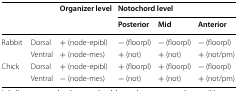
<table><thead><tr><td rowspan="2" colspan="2"></td><td><b>Organizer level</b></td><td colspan="3"><b>Notochord level</b></td></tr><tr><td></td><td><b>Posterior</b></td><td><b>Mid</b></td><td><b>Anterior</b></td></tr></thead><tbody><tr><td rowspan="2">Rabbit</td><td>Dorsal</td><td>+ (node-epibl)</td><td>− (floorpl)</td><td>− (floorpl)</td><td>− (floorpl)</td></tr><tr><td>Ventral</td><td>+ (node-mes)</td><td>+ (not)</td><td>+ (not)</td><td>+ (not/pm)</td></tr><tr><td rowspan="2">Chick</td><td>Dorsal</td><td>+ (node-epibl)</td><td>+ (floorpl)</td><td>+ (floorpl)</td><td>− (floorpl)</td></tr><tr><td>Ventral</td><td>− (node-mes)</td><td>− (not)</td><td>+ (not)</td><td>+ (not/pm)</td></tr></tbody></table>